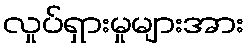
လှုပ်ရှားမှုများအား